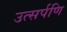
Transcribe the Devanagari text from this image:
उत्सर्पणि